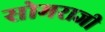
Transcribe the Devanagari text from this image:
सोमराजी